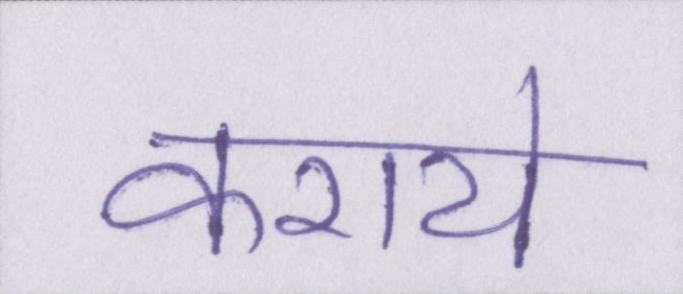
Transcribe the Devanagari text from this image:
कराये